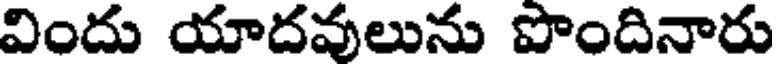
విందు యాదవులును పొందినారు